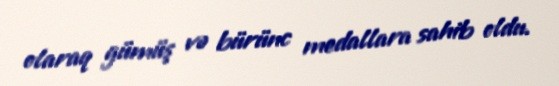
olaraq gümüş və bürünc medallara sahib oldu.